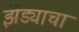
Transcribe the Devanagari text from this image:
झेंड्याचा